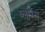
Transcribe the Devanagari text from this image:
व्लाम्स